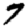
Digit: 7